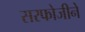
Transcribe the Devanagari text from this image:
सरफोजीने